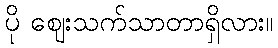
ပို ဈေးသက်သာတာရှိလား။